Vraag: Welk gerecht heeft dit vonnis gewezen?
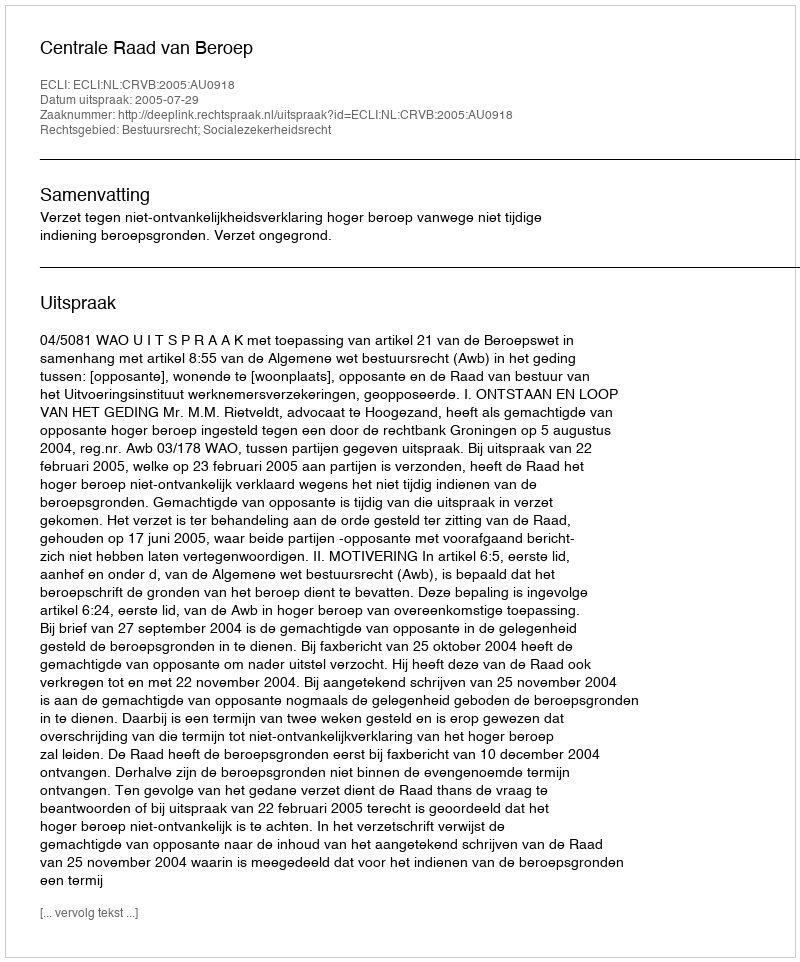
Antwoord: Centrale Raad van Beroep